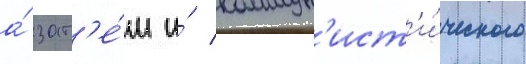
а́ зат'е́м и́ коммун'ист'и́ческого